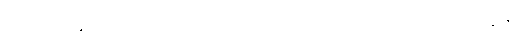
အဗာဟိရန္တိ ကောသောဟိတေတိ သာဓာရဏာ ဧကပုတ္တကသုတ္တာဒိဝဏ္ဏနာ